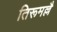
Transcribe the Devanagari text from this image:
तिरूमल्लै